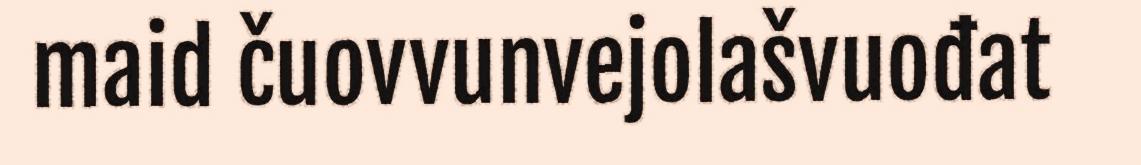
maid čuovvunvejolašvuođat